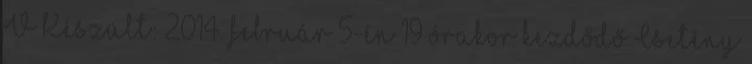
V Készült: 2014. február 5-én 19 órakor kezdődő Csetény